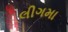
લીગમા